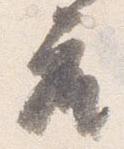
座